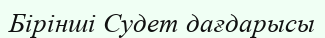
Бірінші Судет дағдарысы